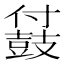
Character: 䵾